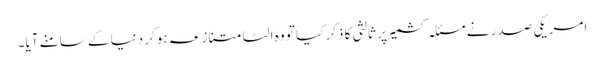
امریکی صدر نے مسئلہ کشمیر پر ثالثی کا ذکر کیا تو وہ الٹا متنازعہ ہوکر دنیا کے سامنے آیا۔